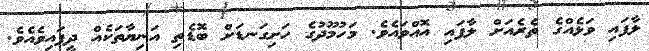
ލާފައި ވަޅެއްގެ ތެރެއަށް ލާފައި އޮއްވައެވެ. މަހުމޫދުގެ ހަށިގަނޑަށް ބޮޑެތި އަނިޔާތަކެއް ދީފައިވެއެވެ.